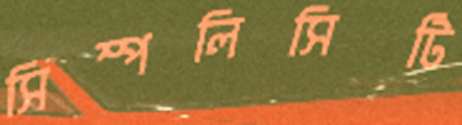
সিম্পলিসিটি